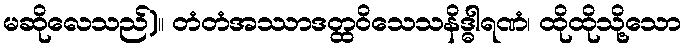
မဆိုလေသည်)။ တံတံအဿာဒတ္ထဝိသေသနိဒ္ဓါရဏံ၊ ထိုထိုသို့သော